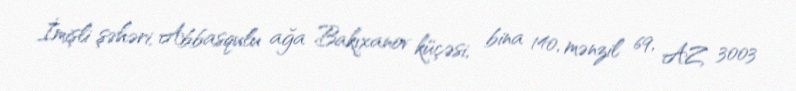
İmişli şəhəri, Abbasqulu ağa Bakıxanov küçəsi, bina 140, mənzil 69, AZ 3003